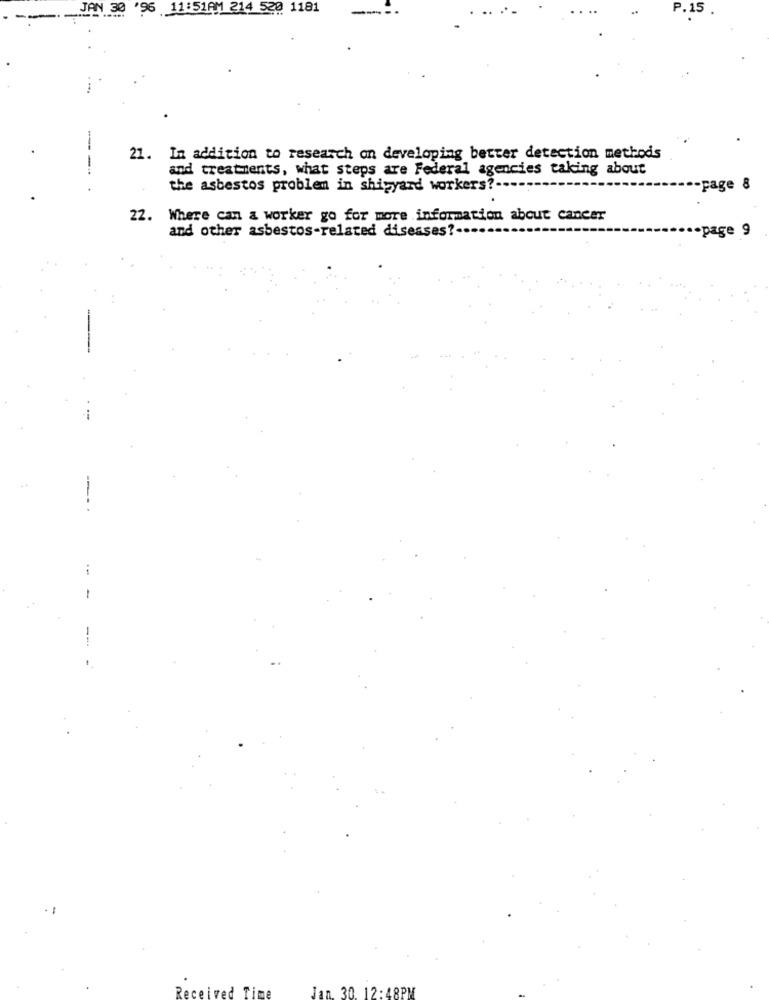
JAN 30 '96 11:51AM 214 520 1181
21. In addition to research on developing better detection methods
---
and treatments, what steps are Federal agencies taking about
the asbestos problem in shipyard workers ?---
22. Where can a worker go for more information about cancer
and other asbestos-related diseases ?-...
...
-
--
Jan. 30. 12:48PM
Received Time